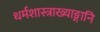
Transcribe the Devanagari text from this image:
धर्मशास्त्राख्याङ्गानि